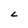
Character: L